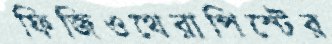
ফিজিওথেরাপিস্টের